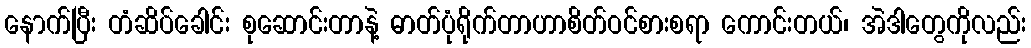
နောက်ပြီး တံဆိပ်ခေါင်း စုဆောင်းတာနဲ့ ဓာတ်ပုံရိုက်တာဟာစိတ်ဝင်စားစရာ ကောင်းတယ်၊ အဲဒါတွေကိုလည်း